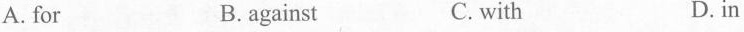
A. for B. against C. with D. in